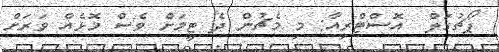
ޕޯޗުގަލް  އޮސްޓްރިއާ: މި މެޗުން ދެ ޓީމަށް ވެސް މޮޅެއް ވަރަށް